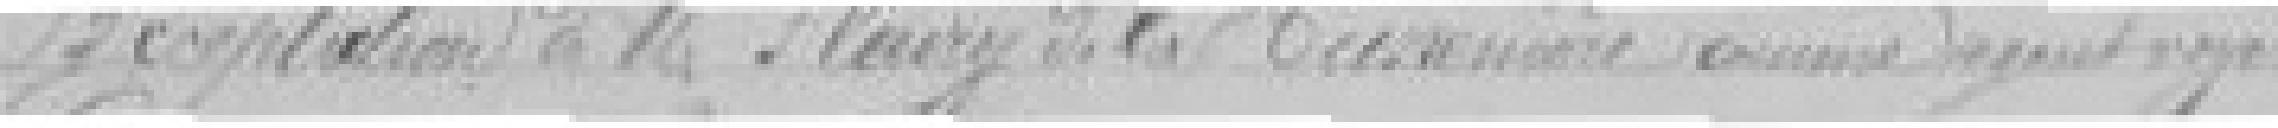
Acceptation de Monsieur Fleury de la ?? comme agent voyer